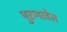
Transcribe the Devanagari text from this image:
मुरुगावेल